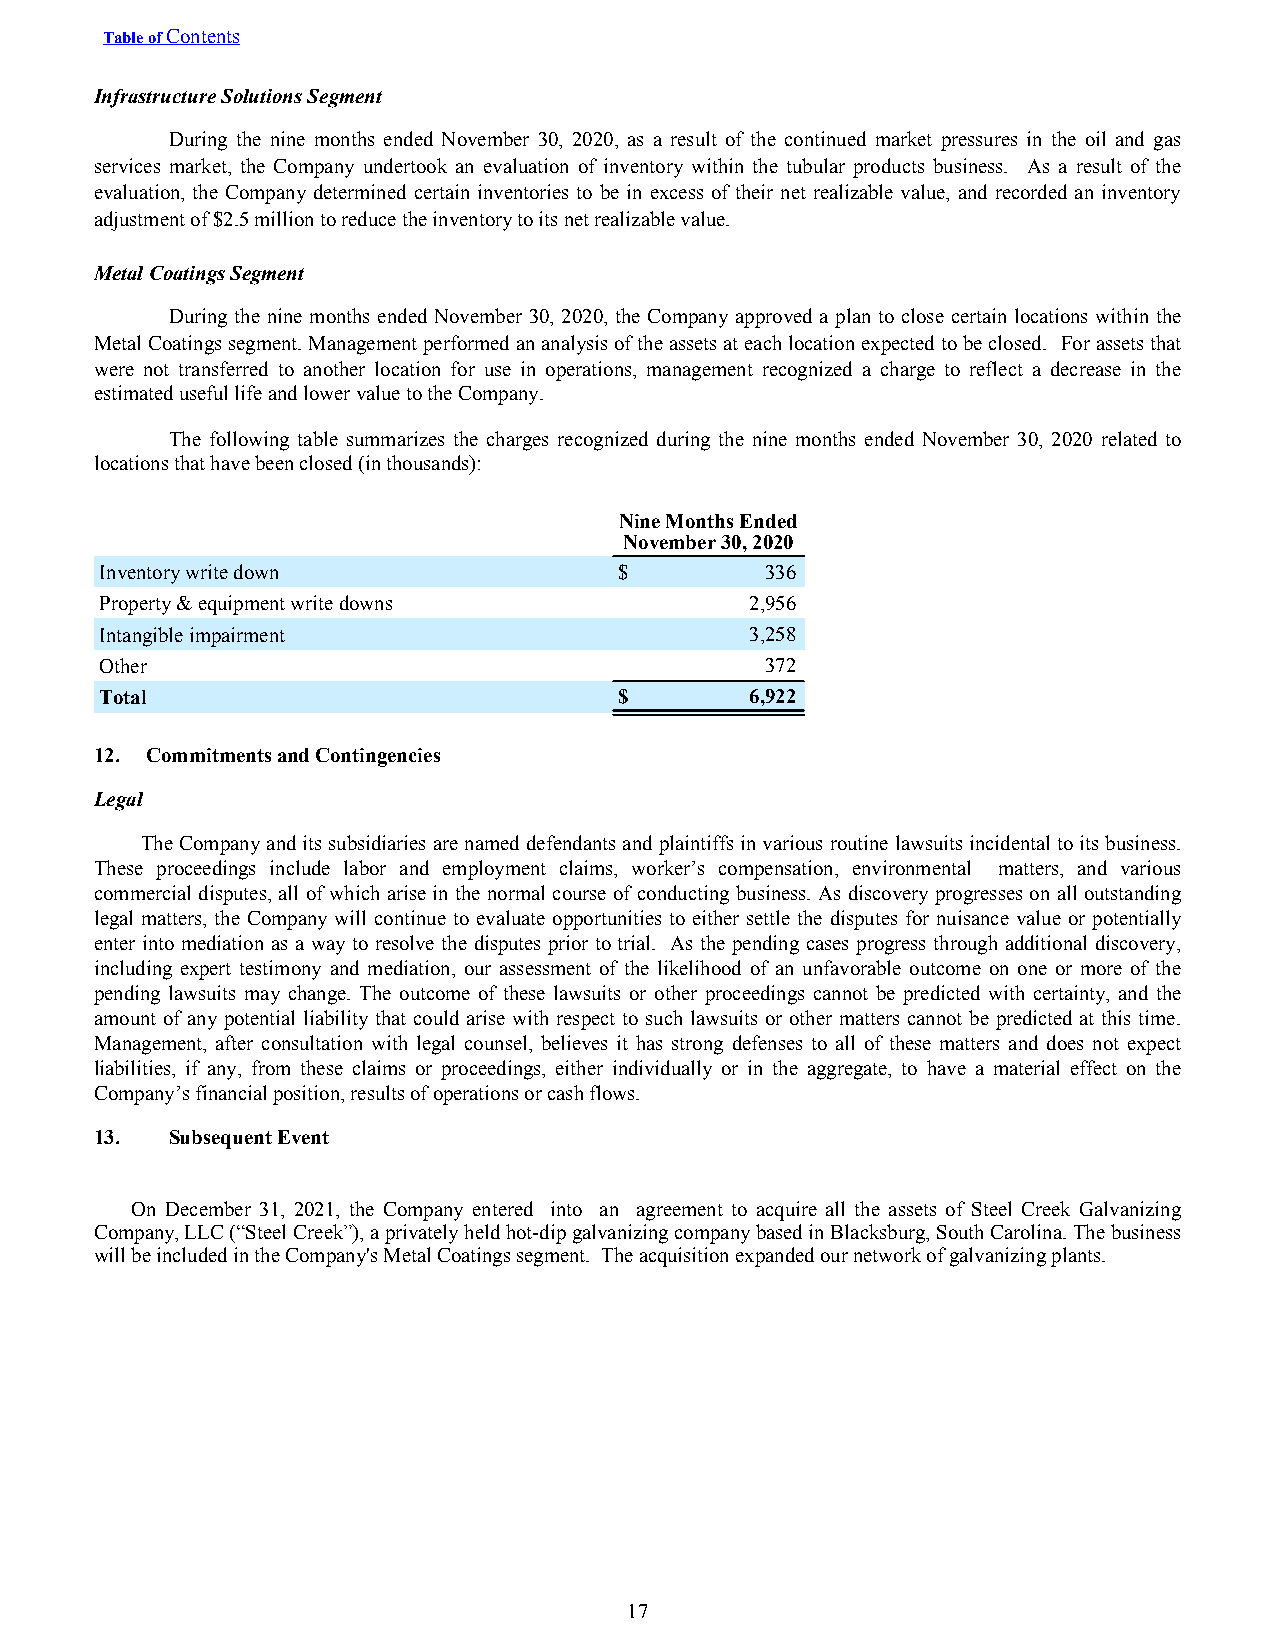
Table of Contents
 Infrastructure Solutions Segment
 During the nine months ended November 30, 2020, as a result of the continued market pressures in the oil and gas
 services market, the Company undertook an evaluation of inventory within the tubular products business. As a result of the
 evaluation, the Company determined certain inventories to be in excess of their net realizable value, and recorded an inventory
 adjustment of $2.5 million to reduce the inventory to its net realizable value.
 Metal Coatings Segment
 During the nine months ended November 30, 2020, the Company approved a plan to close certain locations within the
 Metal Coatings segment. Management performed an analysis of the assets at each location expected to be closed. For assets that
 were not transferred to another location for use in operations, management recognized a charge to reflect a decrease in the
 estimated useful life and lower value to the Company.
 The following table summarizes the charges recognized during the nine months ended November 30, 2020 related to
 locations that have been closed (in thousands):
 Nine Months Ended
 November 30, 2020
 Inventory write down              $         336
 Property & equipment write downs           2,956
 Intangible impairment                      3,258
 Other                                       372
 Total                             $        6,922
 12. Commitments and Contingencies
 Legal
 The Company and its subsidiaries are named defendants and plaintiffs in various routine lawsuits incidental to its business.
 These proceedings include labor and employment claims, worker’s compensation, environmental matters, and various
 commercial disputes, all of which arise in the normal course of conducting business. As discovery progresses on all outstanding
 legal matters, the Company will continue to evaluate opportunities to either settle the disputes for nuisance value or potentially
 enter into mediation as a way to resolve the disputes prior to trial. As the pending cases progress through additional discovery,
 including expert testimony and mediation, our assessment of the likelihood of an unfavorable outcome on one or more of the
 pending lawsuits may change. The outcome of these lawsuits or other proceedings cannot be predicted with certainty, and the
 amount of any potential liability that could arise with respect to such lawsuits or other matters cannot be predicted at this time.
 Management, after consultation with legal counsel, believes it has strong defenses to all of these matters and does not expect
 liabilities, if any, from these claims or proceedings, either individually or in the aggregate, to have a material effect on the
 Company’s financial position, results of operations or cash flows.
 13.  Subsequent Event
 On December 31, 2021, the Company entered into an agreement to acquire all the assets of Steel Creek Galvanizing
 Company, LLC (“Steel Creek”), a privately held hot-dip galvanizing company based in Blacksburg, South Carolina. The business
 will be included in the Company's Metal Coatings segment. The acquisition expanded our network of galvanizing plants.
 17